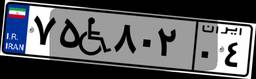
۵۱W۸۱۳۸۴